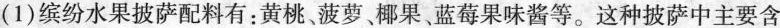
(1)缤纷水果披萨配料有：黄桃菠萝椰果、蓝莓果味酱等。这种披萨中主要含